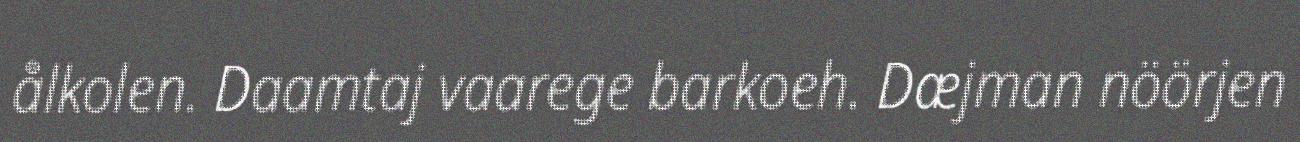
ålkolen. Daamtaj vaarege barkoeh. Dæjman nöörjen